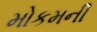
મોકમની